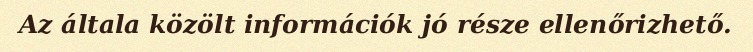
Az általa közölt információk jó része ellenőrizhető.